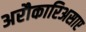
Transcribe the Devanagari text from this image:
अरौकारिअसाए